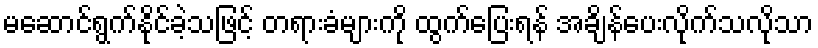
မဆောင်ရွက်နိုင်ခဲ့သဖြင့် တရားခံများကို ထွက်ပြေးရန် အချိန်ပေးလိုက်သလိုသာ